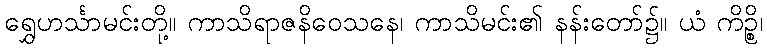
ရွှေဟင်္သာမင်းတို့။ ကာသိရာဇနိဝေသနေ၊ ကာသိမင်း၏ နန်းတော်၌။ ယံ ကိဉ္စိ၊